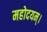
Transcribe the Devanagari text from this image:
महोदयम्।